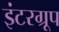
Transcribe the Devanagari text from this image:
इंटरग्रूप